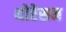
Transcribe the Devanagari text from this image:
थोरेसन